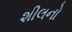
શીલનો